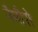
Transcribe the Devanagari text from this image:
नैमीरो